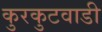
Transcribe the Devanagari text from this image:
कुरकुटवाडी